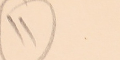
١١